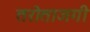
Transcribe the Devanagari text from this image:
तरोताजगी